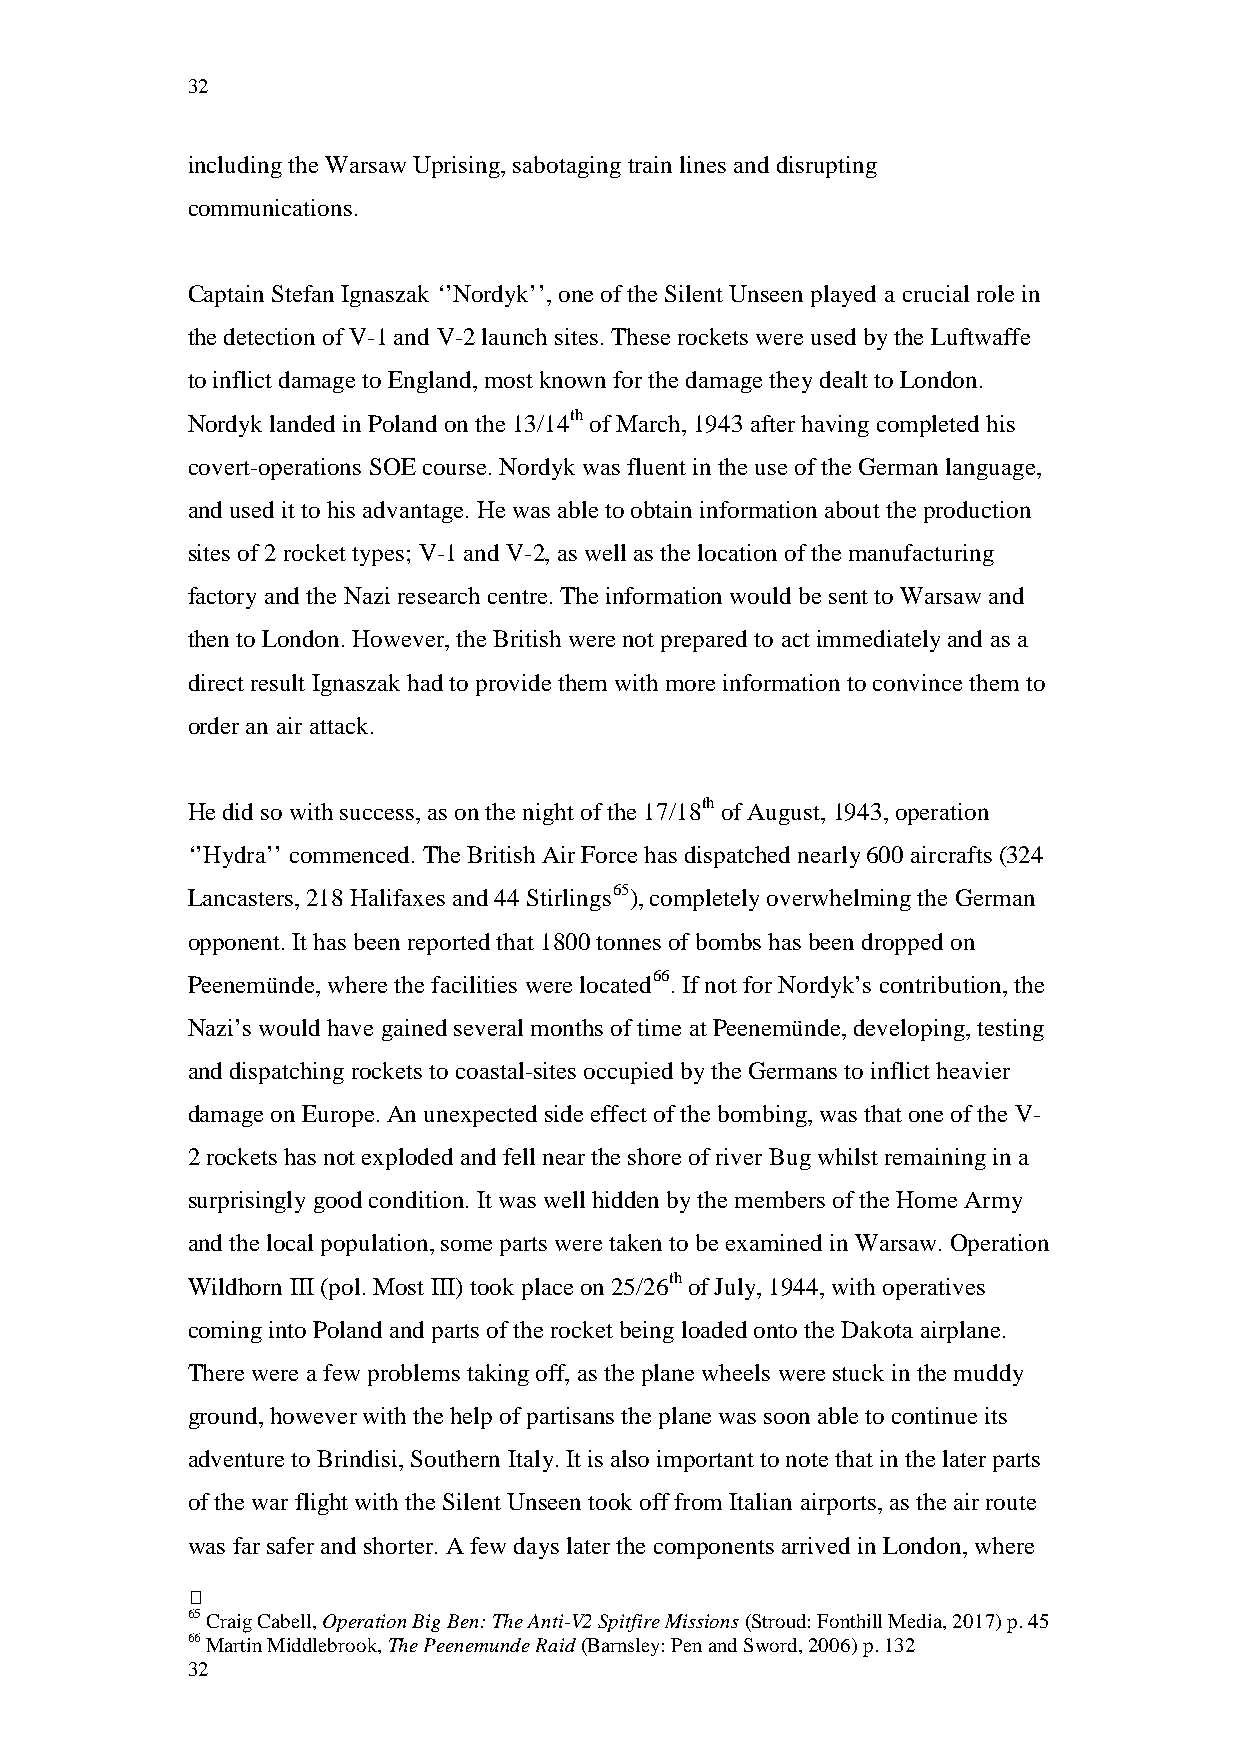
32
 including the Warsaw Uprising, sabotaging train lines and disrupting
 communications.
 Captain Stefan Ignaszak ‘’Nordyk’’, one of the Silent Unseen played a crucial role in
 the detection of V-1 and V-2 launch sites. These rockets were used by the Luftwaffe
 to inflict damage to England, most known for the damage they dealt to London.
 Nordyk landed in Poland on the 13/14th of March, 1943 after having completed his
 covert-operations SOE course. Nordyk was fluent in the use of the German language,
 and used it to his advantage. He was able to obtain information about the production
 sites of 2 rocket types; V-1 and V-2, as well as the location of the manufacturing
 factory and the Nazi research centre. The information would be sent to Warsaw and
 then to London. However, the British were not prepared to act immediately and as a
 direct result Ignaszak had to provide them with more information to convince them to
 order an air attack.
 He did so with success, as on the night of the 17/18th of August, 1943, operation
 ‘’Hydra’’ commenced. The British Air Force has dispatched nearly 600 aircrafts (324
 Lancasters, 218 Halifaxes and 44 Stirlings65), completely overwhelming the German
 opponent. It has been reported that 1800 tonnes of bombs has been dropped on
 Peenemünde, where the facilities were located66. If not for Nordyk’s contribution, the
 Nazi’s would have gained several months of time at Peenemünde, developing, testing
 and dispatching rockets to coastal-sites occupied by the Germans to inflict heavier
 damage on Europe. An unexpected side effect of the bombing, was that one of the V-
 2 rockets has not exploded and fell near the shore of river Bug whilst remaining in a
 surprisingly good condition. It was well hidden by the members of the Home Army
 and the local population, some parts were taken to be examined in Warsaw. Operation
 Wildhorn III (pol. Most III) took place on 25/26th of July, 1944, with operatives
 coming into Poland and parts of the rocket being loaded onto the Dakota airplane.
 There were a few problems taking off, as the plane wheels were stuck in the muddy
 ground, however with the help of partisans the plane was soon able to continue its
 adventure to Brindisi, Southern Italy. It is also important to note that in the later parts
 of the war flight with the Silent Unseen took off from Italian airports, as the air route
 was far safer and shorter. A few days later the components arrived in London, where
 
 65 Craig Cabell, Operation Big Ben: The Anti-V2 Spitfire Missions (Stroud: Fonthill Media, 2017) p. 45
 66 Martin Middlebrook, The Peenemunde Raid (Barnsley: Pen and Sword, 2006) p. 132
 32